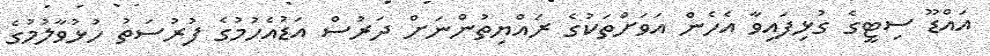
އައްޑޫ ސިޓީގެ ގުޅިފައިވާ އެހެން އަވަށްތަކުގެ ރައްޔިތުންނަށް ދަރުސް އަޑުއެހުމުގެ ފުރުސަތު ހުޅުވާލުމުގެ